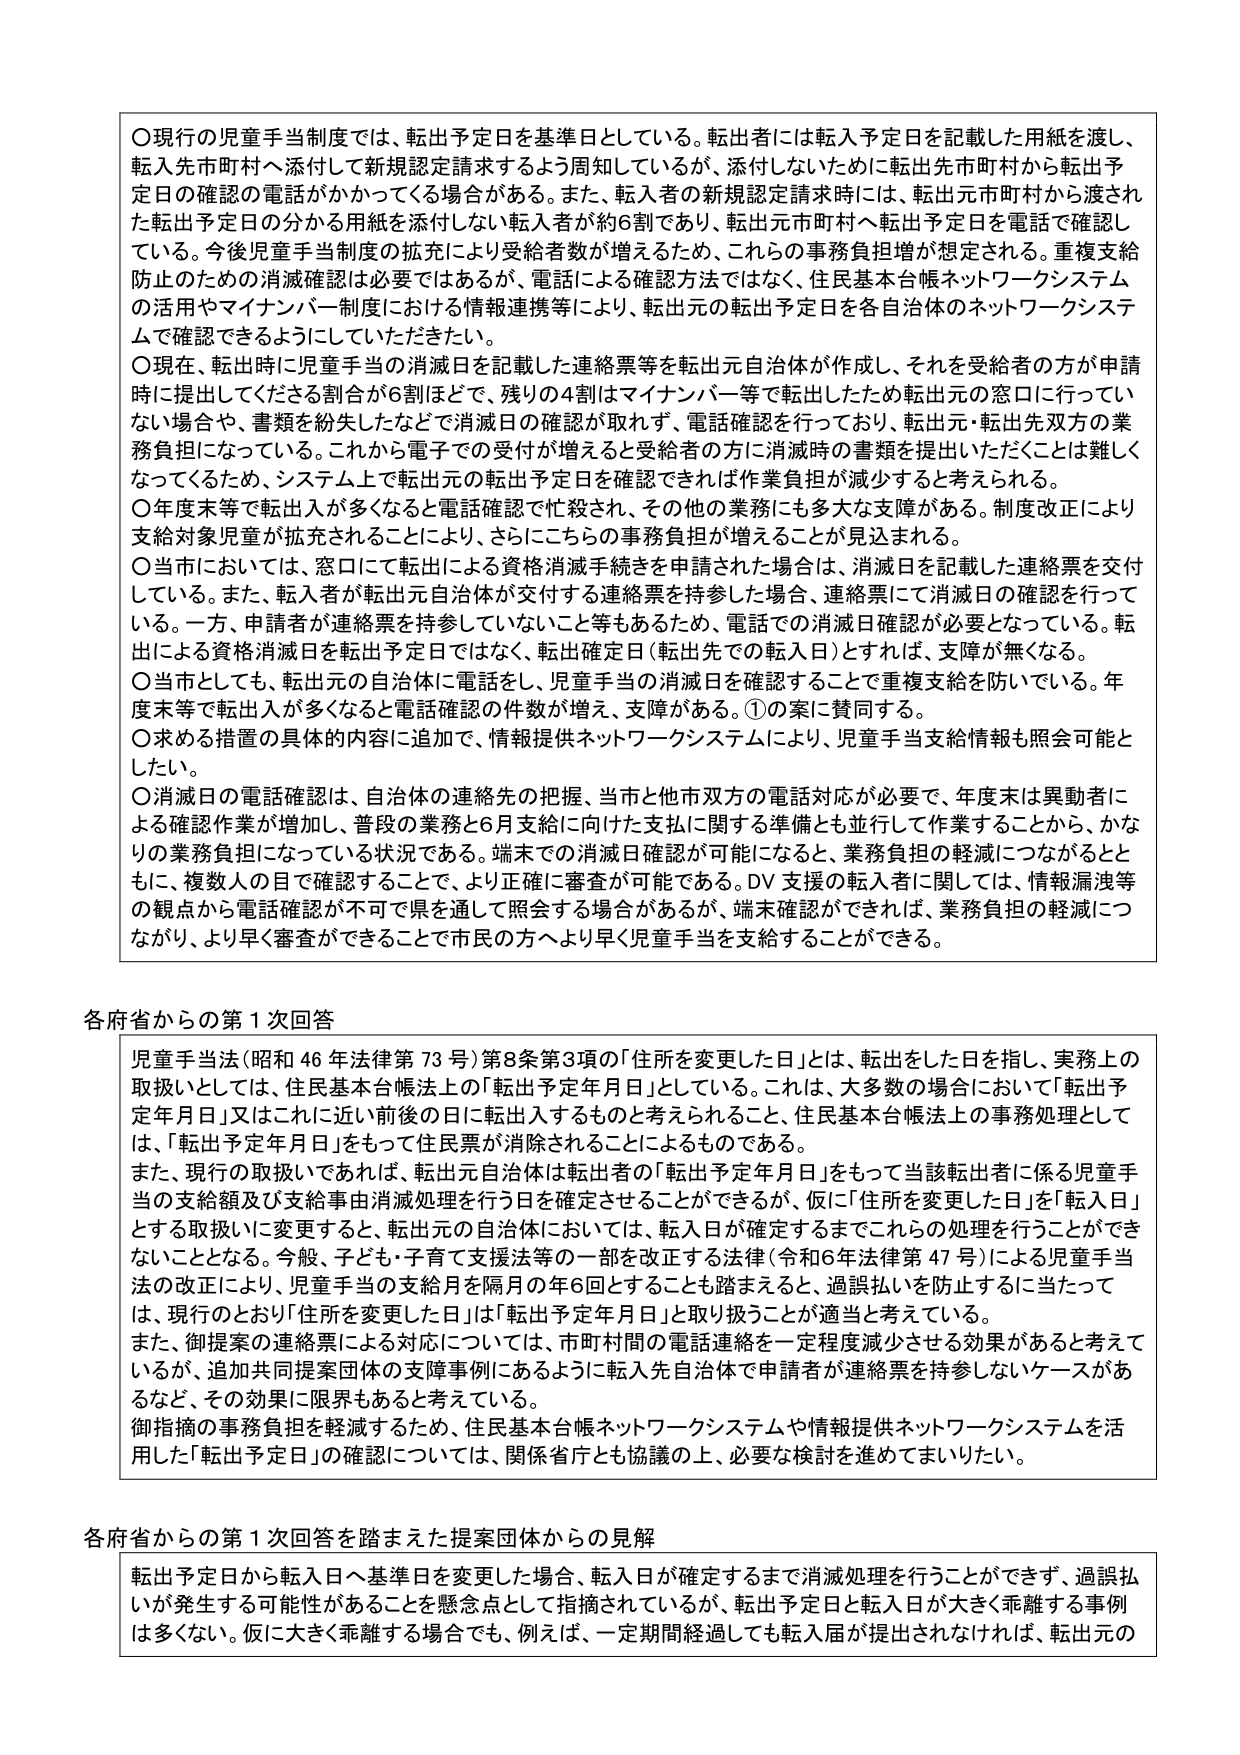
〇現行の児童手当制度では、転出予定日を基準日としている。転出者には転入予定日を記載した用紙を渡し、転入先市町村へ添付して新規認定請求するよう周知しているが、添付しないために転出先市町村から転出予定日の確認の電話がかかってくる場合がある。また、転入者の新規認定請求時には、転出元市町村から渡された転出予定日の分かる用紙を添付しない転入者が約6割であり、転出元市町村へ転出予定日を電話で確認している。今後児童手当制度の拡充により受給者数が増えるため、これらの事務負担増が想定される。重複支給防止のための消滅確認は必要ではあるが、電話による確認方法ではなく、住民基本台帳ネットワークシステムの活用やマイナンバー制度における情報連携等により、転出元の転出予定日を各自治体のネットワークシステムで確認できるようにしていただきたい。

〇現在、転出時に児童手当の消滅日を記載した連絡票等を転出自治体が作成し、それを受給者の方が申請時に提出してくださる割合が6割ほどで、残りの4割はマイナンバー等で転出したため転出元の窓口に行っていない場合や、書類を紛失したなどで消滅日の確認が取れず、電話確認を行っており、転出元・転出先双方の業務負担になっている。これから電子での受付が増えると受給者の方に消滅時の書類を提出いただくことは難しくなってくるため、システム上で転出元の転出予定日を確認できれば作業負担が減少すると考えられる。

〇年度末等で転出入が多くなると電話確認で忙殺され、その他の業務にも多大な支障がある。制度改正により支給対象児童が拡充されることにより、さらにこちらの事務負担が増えることが見込まれる。

〇当市においては、窓口にて転出による資格消滅手続きを申請された場合は、消滅日を記載した連絡票を交付している。また、転入者が転出元自治体が交付する連絡票を持参した場合、連絡票にて消滅日の確認を行っている。一方、申請者が連絡票を持参していないこと等もあるため、電話での消滅日確認が必要となっている。転出による資格消滅日を転出予定日ではなく、転出確定日（転出先での転入日）とすれば、支障が無くなる。

〇当市としても、転出元の自治体に電話をし、児童手当の消滅日を確認することで重複支給を防いでいる。年度末等で転出入が多くなると電話確認の件数が増え、支障がある。①の案に賛同する。

〇求める措置の具体的な内容に追加で、情報提供ネットワークシステムにより、児童手当支給情報も照会可能としたい。

〇消滅日の電話確認は、自治体の連絡先の把握、当市と他市双方の電話対応が必要で、年度末は異動者による確認作業が増加し、普段の業務と6月支給に向けた支払に関する準備とも並行して作業することから、かなりの業務負担になっている状況である。端末での消滅日確認が可能になると、業務負担の軽減につながるとともに、複数人の目で確認することで、より正確に審査が可能である。DV支援の転入者に関しては、情報漏洩等の観点から電話確認が不可で県を通じて照会する場合があるが、端末確認ができれば、業務負担の軽減につながり、より早く審査ができることで市民の方へより早く児童手当を支給することができる。

各府省からの第1次回答

児童手当法（昭和46年法律第73号）第8条第3項の「住所を変更した日」とは、転出した日を指し、実務上の取扱いとしては、住民基本台帳法上の「転出予定年月日」としている。これは、大多数の場合において「転出予定年月日」又はこれに近い前後の日に転出入するものと考えられることから、住民基本台帳法上の事務処理としては、「転出予定年月日」をもって住民票が消除されることによるものである。

また、現行の取扱いであれば、転出元自治体は転出者の「転出予定年月日」をもって当該転出者に係る児童手当の支給額及び支給事由消滅処理を行う日を確定させることができるが、仮に「住所を変更した日」を「転入日」とする取扱いに変更すると、転出元の自治体においては、転入日が確定するまでこれらの処理を行うことができないこととなる。今般、子ども・子育て支援法等の一部を改正する法律（令和6年法律第47号）による児童手当法の改正により、児童手当の支給月を隔月の年6回とすることも踏まえると、過誤払いを防止するに当たっては、現行のとおり「住所を変更した日」は「転出予定年月日」と取り扱うことが適当と考えている。

また、御提案の連絡票による対応については、市町村間の電話連絡を一定程度減少させる効果があると考えているが、追加共同提案団体の支援事例にあるように転入先自治体で申請者が連絡票を持参しないケースがあるなど、その効果に限界もあると考えている。

御指摘の事務負担を軽減するため、住民基本台帳ネットワークシステムや情報提供ネットワークシステムを活用した「転出予定日」の確認については、関係省庁とも協議の上、必要な検討を進めてまいりたい。

各府省からの第1次回答を踏まえた提案団体からの見解

転出予定日から転入日へ基準日を変更した場合、転入日が確定するまで消滅処理を行うことができず、過誤払いが発生する可能性があることを懸念点として指摘されているが、転出予定日と転入日が大きく乖離する事例は多くない。仮に大きく乖離する場合でも、例えば、一定期間経過しても転入届が提出されなければ、転出元の